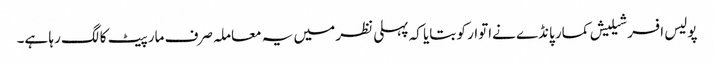
پولیس افسر شیلیش کمار پانڈے نےاتوار کو بتایا کہ پہلی نظر میں یہ معاملہ صرف مار پیٹ کا لگ رہا ہے۔